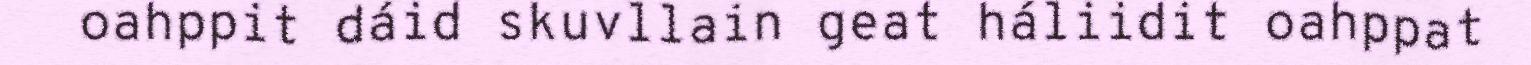
oahppit dáid skuvllain geat háliidit oahppat